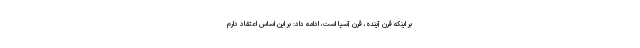
بر اینکه قرن آینده، قرن آسیا است، ادامه داد: بر این اساس اعتقاد دارم